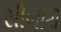
સીબીટી